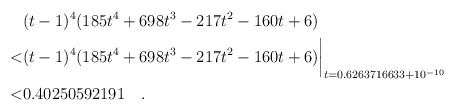
\begin{align*} & (t-1)^4(185t^4+698t^3-217t^2-160t+6) \\ < & (t-1)^4(185t^4+698t^3-217t^2-160t+6)\biggr\rvert_{t=0.6263716633 + 10^{-10}} \\ < & 0.40250592191\quad . \end{align*}